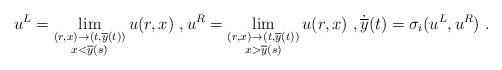
LaTeX: \begin{align*}u^{L}=\lim_{\substack{(r,x)\to(t,\overline{y}(t))\\x<\overline{y}(s)}} u(r,x)\ ,u^{R}=\lim_{\substack{(r,x)\to(t,\overline{y}(t))\\x>\overline{y}(s)}} u(r,x) \ ,\dot {\overline{y}}(t)=\sigma_{i}(u^{L},u^{R})\ .\end{align*}